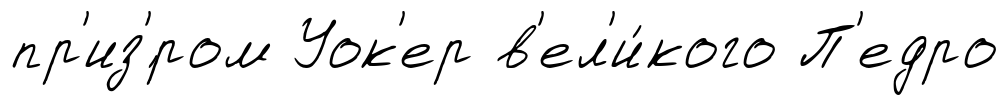
пр'из'́ром Уок'ер в'ел'и́кого П'едро